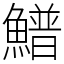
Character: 䲕